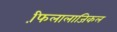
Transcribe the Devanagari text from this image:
फि़लालाजिकल